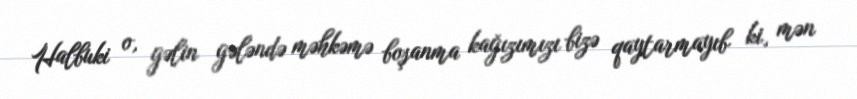
Halbuki o, gəlin gələndə məhkəmə boşanma kağızımızı bizə qaytarmayıb ki, mən